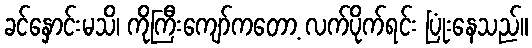
ခင်နှောင်းမသိ၊ ကိုကြီးကျော်ကတော့ လက်ပိုက်ရင်း ပြုံးနေသည်။